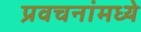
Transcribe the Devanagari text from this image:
प्रवचनांमध्ये